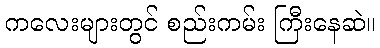
ကလေးများတွင် စည်းကမ်း ကြီးနေဆဲ။